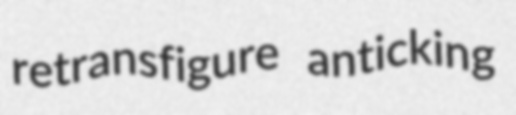
retransfigure anticking